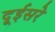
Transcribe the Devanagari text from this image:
दूईसरे